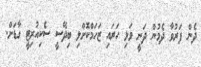
ދެން ފަރުވާ ދެމުން ދަނީ ވަޅި ހަރައި ޒަހަމްކޮށްލި ބިދޭސީ ސެކިއުރިޓީ ގާޑަށް.